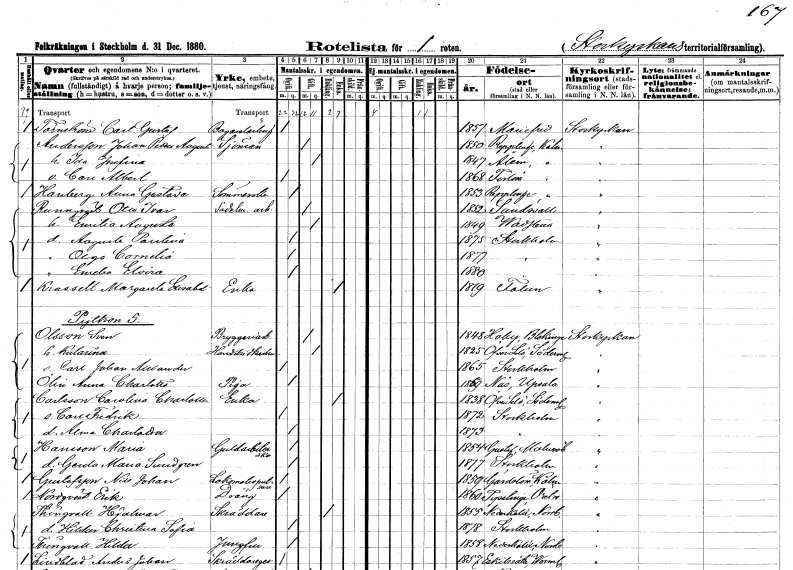
gt_parse: households: individuals: FN: Carl Gustaf
EN: Törnström
YRKE: Bagerilärling
KON: M
CIV: O
FODAR: 1857
FODFORS: Mariefred Södermanlands län
FN: Johan Petter August
EN: Andersson
YRKE: Sjöman
KON: M
CIV: G
FODAR: 1850
FODFORS: Räpplinge Kalmar län
FN: Ida Josefina
KON: K
CIV: G
FODAR: 1847
FODFORS: Ålem Kalmar län
FN: Carl Albert
KON: M
CIV: O
FODAR: 1868
FODFORS: Förlösa Kalmar län
FN: Anna Gustava
EN: Hanberg
YRKE: Sömmerska
KON: K
CIV: O
FODAR: 1853
FODFORS: Räpplinge Kalmar län
FN: Otto Ivar
EN: Runnqvist
YRKE: Sadelmakeriarbetare
KON: M
CIV: G
FODAR: 1852
FODFORS: Sundsvall Västernorrlands län
FN: Emilia Augusta
KON: K
CIV: G
FODAR: 1849
FODFORS: Vadstena Östergötlands län
FN: Augusta Paulina
KON: K
CIV: O
FODAR: 1875
FODFORS: Stockholm
FN: Olga Cornelia
KON: K
CIV: O
FODAR: 1877
FODFORS: Stockholm
FN: Emelie Elvira
KON: K
CIV: O
FODAR: 1880
FODFORS: Stockholm
FN: Margareta Elisabet
EN: Krasselt
YRKE: Änka
KON: K
CIV: E
FODAR: 1819
FODFORS: Falun Kopparbergs län
FN: Sven
EN: Olsson
YRKE: Bryggeriarbetare
KON: M
CIV: G
FODAR: 1848
FODFORS: Hoby Blekinge län
FN: Katarina
YRKE: Handelsiderska
KON: K
CIV: G
FODAR: 1825
FODFORS: Överselö Södermanlands län
FN: Carl Johan Alexander
KON: M
CIV: O
FODAR: 1865
FODFORS: Stockholm
FN: Anna Charlotta
EN: Ölin
YRKE: Piga
KON: K
CIV: O
FODAR: 1869
FODFORS: Näs Uppsala län
FN: Carolina Charlotta
EN: Carlsson
YRKE: Änka
KON: K
CIV: E
FODAR: 1838
FODFORS: Överselö Södermanlands län
FN: Carl Fredrik
KON: M
CIV: O
FODAR: 1872
FODFORS: Stockholm
FN: Alma Charlotta
KON: K
CIV: O
FODAR: 1873
FODFORS: Stockholm
FN: Maria
EN: Hansson
YRKE: Guldarbeterska
KON: K
CIV: O
FODAR: 1854
FODFORS: Gustav Adolf Malmöhus län
FN: Gerda Maria
EN: Sundgren
KON: K
CIV: O
FODAR: 1877
FODFORS: Stockholm
FN: Nils Johan
EN: Gustafsson
YRKE: Lokomotivputsare
KON: M
CIV: O
FODAR: 1859
FODFORS: Gärdslösa Kalmar län
FN: Erik
EN: Nordqvist
YRKE: Dräng
KON: M
CIV: O
FODAR: 1860
FODFORS: Tysslinge Örebro län